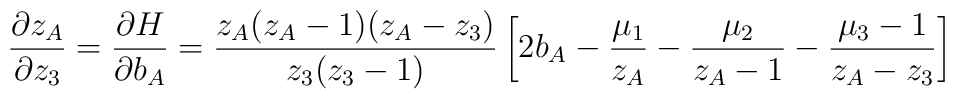
\frac{\partial z_A}{\partial z_3} = \frac{\partial H}{\partial b_A}=\frac{z_A(z_A-1)(z_A-z_3)}{z_3(z_3-1)}\left[2b_A -\frac{\mu _1}{z_A}-\frac{\mu _2}{z_A-1}-\frac{\mu _3-1}{z_A-z_3}\right]